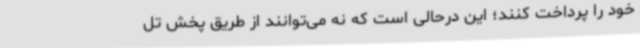
خود را پرداخت کنند؛ این درحالی است که نه می‌توانند از طریق پخش تل